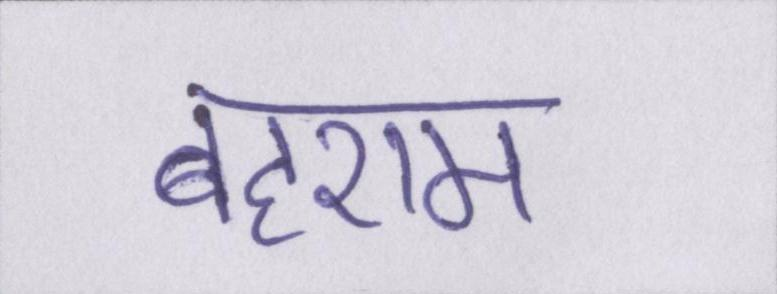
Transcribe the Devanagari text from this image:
बहराम